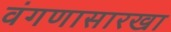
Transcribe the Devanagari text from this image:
वंगणासारखा